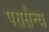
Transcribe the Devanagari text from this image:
परासैन्य